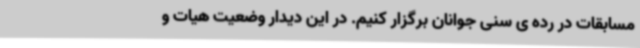
مسابقات در رده ی سنی جوانان برگزار کنیم. در این دیدار وضعیت هیات و